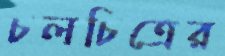
চলচিত্রের